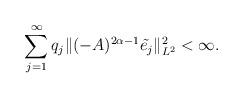
LaTeX: \begin{align*}\sum_{j=1}^{\infty}q_j\|(-A)^{2\alpha-1}\tilde{e_j}\|_{L^2}^2<\infty.\end{align*}